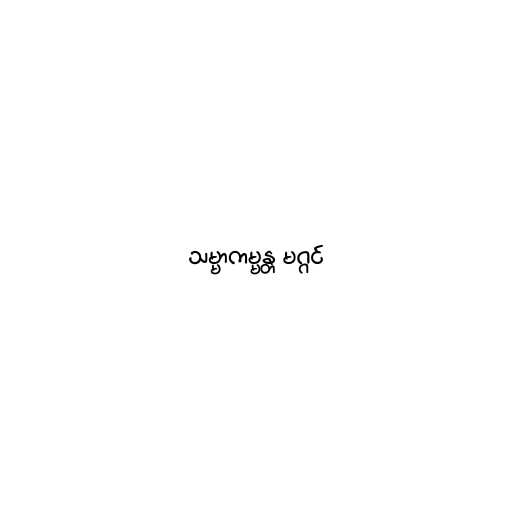
သမ္မာကမ္မန္တ မဂ္ဂင်